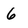
Character: 6